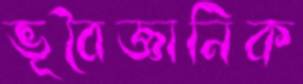
ভূবৈজ্ঞানিক